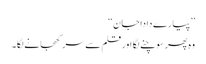
’’پیارے دادا جان‘‘
وہ پھر سوچنے لگا اور قلم سے سر کھجانے لگا۔